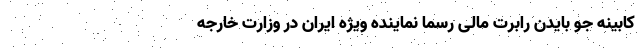
کابینه جو بایدن رابرت مالی رسما نماینده ویژه ایران در وزارت خارجه